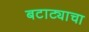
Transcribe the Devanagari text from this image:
बटाट्याचा